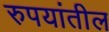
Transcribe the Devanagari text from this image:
रुपयांतील